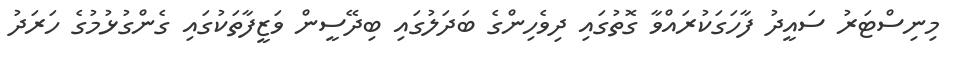
މިނިސްޓަރު ސައީދު ފާހަގަކުރައްވާ ގޮތުގައި ދިވެހިންގެ ބަދަލުގައި ބިދޭސީން ވަޒީފާތަކުގައި ގެންގުޅުމުގެ ހަރަދު